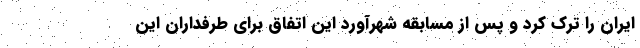
ایران را ترک کرد و پس از مسابقه شهرآورد این اتفاق برای طرفداران این